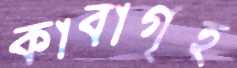
কাবাগৃহ